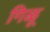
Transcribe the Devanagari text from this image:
गिळू